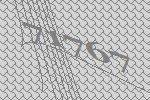
71767